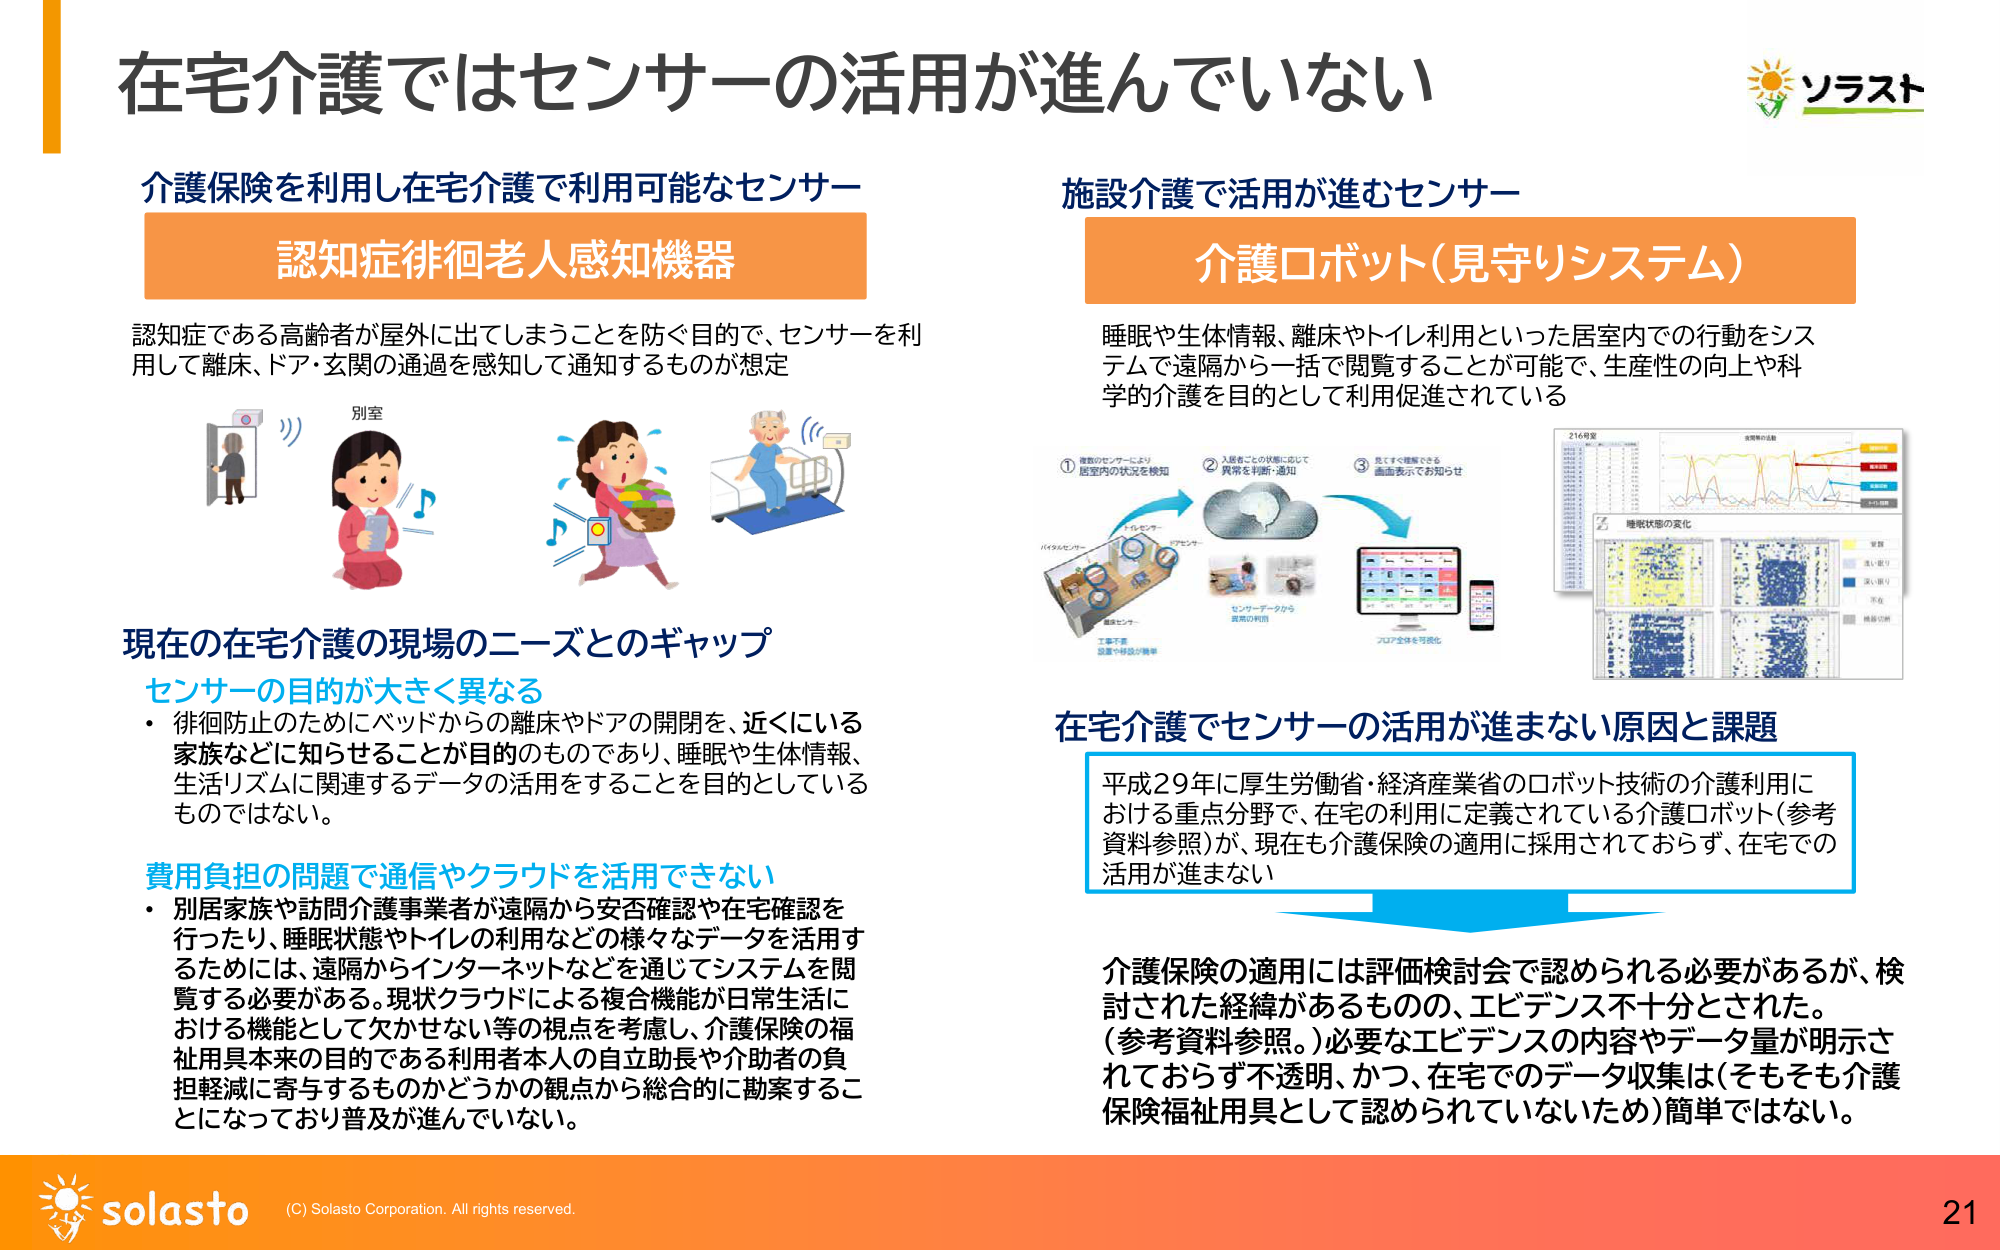
在宅介護ではセンサーの活用が進んでいない

介護保険を利用し在宅介護で利用可能なセンサー
認知症徘徊老人感知機器

認知症である高齢者が屋外に出てしまうことを防ぐ目的で、センサーを利用して離床、ドア・玄関の通過を感知して通知するものが想定

別室

現在の在宅介護の現場のニーズとのギャップ
センサーの目的が大きく異なる
・徘徊防止のためにベッドからの離床やドアの開閉を、近くにいる家族などに知らせることが目的のものであり、睡眠や生体情報、生活リズムに関連するデータの活用をすることを目的としているものではない。

費用負担の問題で通信やクラウドを活用できない
・別居家族や訪問介護事業者が遠隔から安否確認や在宅確認を行ったり、睡眠状態やトイレの利用などの様々なデータを活用するためには、遠隔からインターネットなどを通じてシステムを閲覧する必要がある。現状クラウドによる複合機能が日常生活における機能として欠かせない等の視点を考慮し、介護保険の福祉用具本来の目的である利用者本人の自立助長や介助者の負担軽減に寄与するものかどうかの観点から総合的に勘案することになっており普及が進んでいない。

施設介護で活用が進むセンサー
介護ロボット（見守りシステム）

睡眠や生体情報、離床やトイレ利用といった居室内での行動をシステムで遠隔から一括で閲覧することが可能で、生産性の向上や科学的介護を目的として利用促進されている

①複数のセンサーにより居室内の状況を検知
②入居者ごとの状態に応じて異常を判断・通知
③見やすく理解できる画面表示でお知らせ

在宅介護でセンサーの活用が進まない原因と課題
平成29年に厚生労働省・経済産業省のロボット技術の介護利用における重点分野で、在宅の利用に定義されている介護ロボット（参考資料参照）が、現在も介護保険の適用に採用されておらず、在宅での活用が進まない

介護保険の適用には評価検討会で認められる必要があるが、検討された経緯があるものの、エビデンス不十分とされた。
（参考資料参照。）必要なエビデンスの内容やデータ量が明示されておらず不透明、かつ、在宅でのデータ収集は（そもそも介護保険福祉用具として認められていないため）簡単ではない。

ソラスト

solasto
(C) Solasto Corporation. All rights reserved.
21